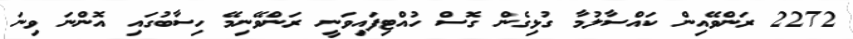
2272 ރަންވޭއިން ކައްސާލުމާ ގުޅިގެން ގޮސް ހުއްޓިފައިވަނީ ރަންވޭނިމޭ ހިސާބުގައި އޮންނަ ވިނަ